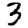
Digit: 3